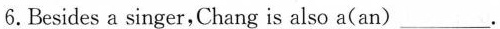
6.Besides a singer,Chang is also a(an)___.